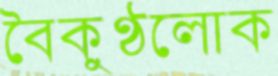
বৈকুণ্ঠলোক